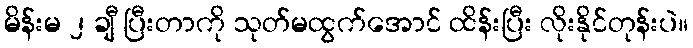
မိန်းမ ၂ ချီ ပြီးတာကို သုတ်မထွက်အောင် ထိန်းပြီး လိုးနိုင်တုန်းပဲ။